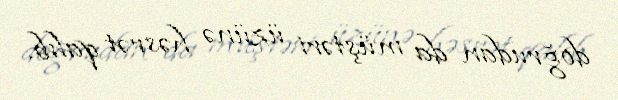
doğrudan da müştəri üzünə həsrət qalıb.